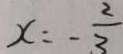
x = - \frac { 2 } { 3 }